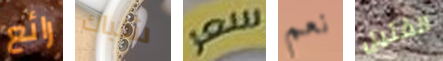
رائع شباك سعر نعم الفتيل